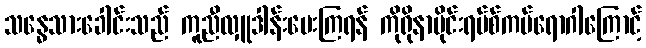
သန္ဓေသားခေါင်းသည် ကူညီလှူဒါန်းပေးကြရန် ကိုရိုနာဗိုင်းရပ်စ်ကပ်ရောဂါကြောင့်